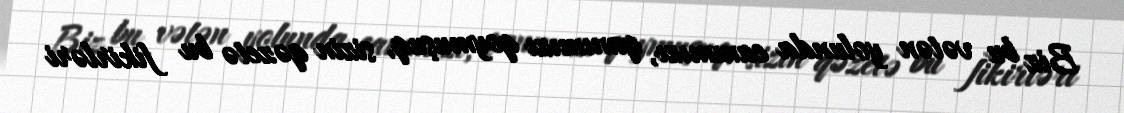
Biz bu vətən yolunda canımızı, qanımızı qoymuşuq, sizin qəzetə bu fikirləri